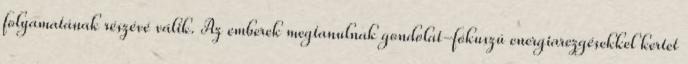
folyamatának részévé válik. Az emberek megtanulnak gondolat-fókuszú energiarezgésekkel kertet